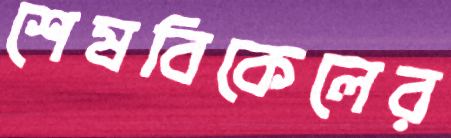
শেষবিকেলের